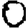
Digit: 0